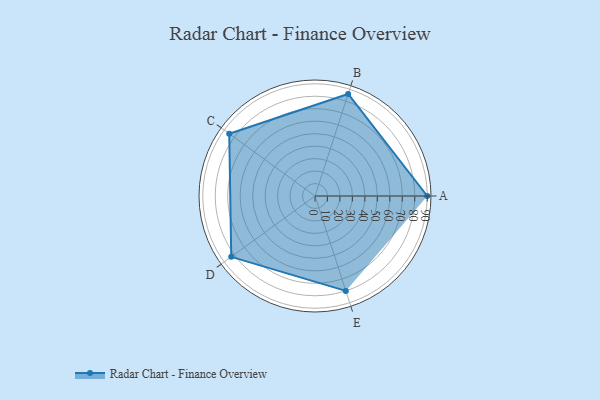
{"axis": {"x": "Skill", "y": "Score"}, "legend": ["Profile"], "data": [{"x": "A", "y": 90.0, "type": "Profile"}, {"x": "B", "y": 86.0, "type": "Profile"}, {"x": "C", "y": 85.0, "type": "Profile"}, {"x": "D", "y": 83.0, "type": "Profile"}, {"x": "E", "y": 80.0, "type": "Profile"}]}